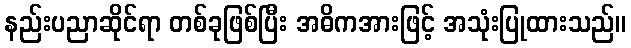
နည်းပညာဆိုင်ရာ တစ်ခုဖြစ်ပြီး အဓိကအားဖြင့် အသုံးပြုထားသည်။